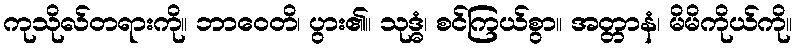
ကုသိုလ်တရားကို။ ဘာဝေတိ၊ ပွား၏။ သုဒ္ဓံ၊ စင်ကြယ်စွာ။ အတ္တာနံ၊ မိမိကိုယ်ကို။